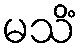
မသိံ